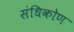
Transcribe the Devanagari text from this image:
संधिकोण